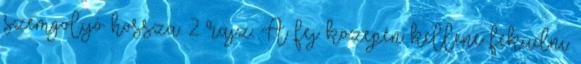
szemgolyó hossza. 2. rajz. A fej közepén kellene feküdni